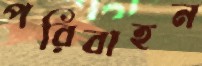
পরিবাহন